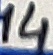
Text: 14